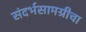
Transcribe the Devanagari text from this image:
संदर्भसामग्रीचा